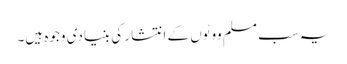
یہ سب مسلم ووٹوں کے انتشار کی بنیادی وجوہ ہیں۔